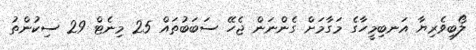
ލޯބިވެރިޔާ އަނބިމީހާގެ މަގާމަށް ގެންނަން ޖެހޭ ސަބަބުތައް 25 މިނެޓް 29 ސިކުންތު